Scottish Leaving Certificate Examination, 1956
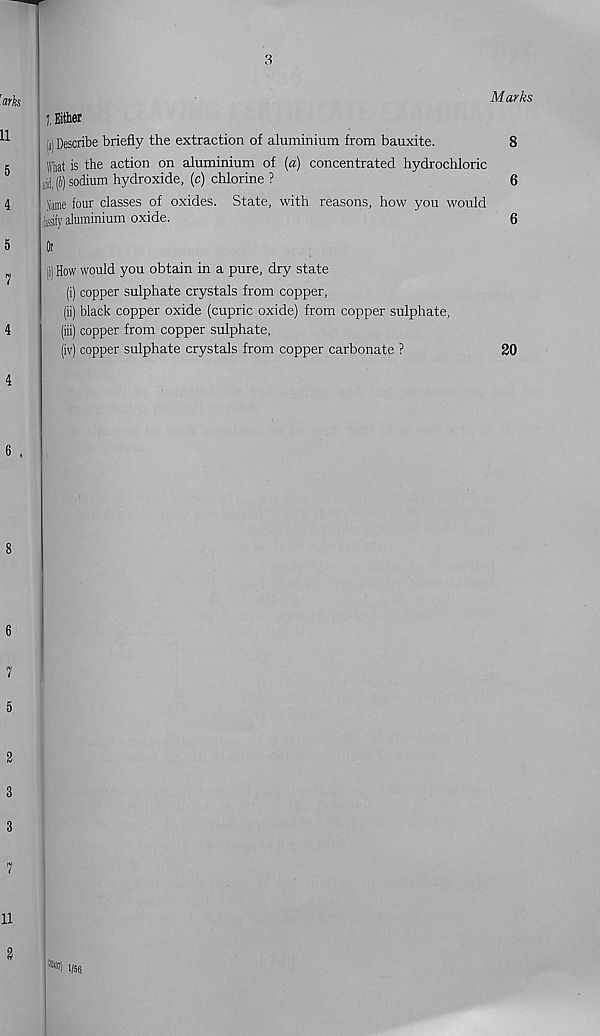
3
Marks
7. Either
n) Describe briefly the extraction of aluminium from bauxite.
8
ftat is the action on aluminium of {a) concentrated hydrochloric
jjjj (J) sodium hydroxide, (c) chlorine ?
6
Same four classes of oxides. State, with reasons, how you would
ilsify aluminium oxide.
6
Or
(i) How would you obtain in a pure, dry state
(i) copper sulphate crystals from copper,
(ii) black copper oxide (cupric oxide) from copper sulphate,
(iii) copper from copper sulphate,
(iv) copper sulphate crystals from copper carbonate ?
20